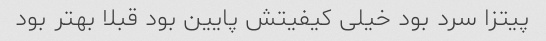
پیتزا سرد بود خیلی کیفیتش پایین بود قبلا بهتر بود